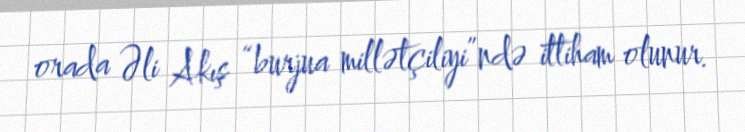
orada Əli Akış “burjua millətçiliyi”ndə ittiham olunur.